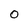
Character: 0